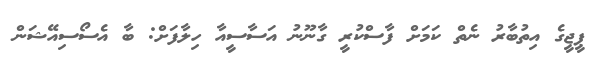
ޕީޖީގެ އިތުބާރު ނެތް ކަމަށް ފާސްކުރީ ގާނޫނު އަސާސީއާ ހިލާފަށް: ބާ އެސޯސިއޭޝަން